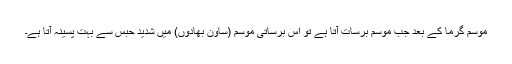
موسم گرما کے بعد جب موسم برسات آتا ہے تو اس برساتی موسم (ساون بھادوں) میں شدید حبس سے بہت پسینہ آتا ہے۔